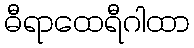
ဓီရာထေရီဂါထာ